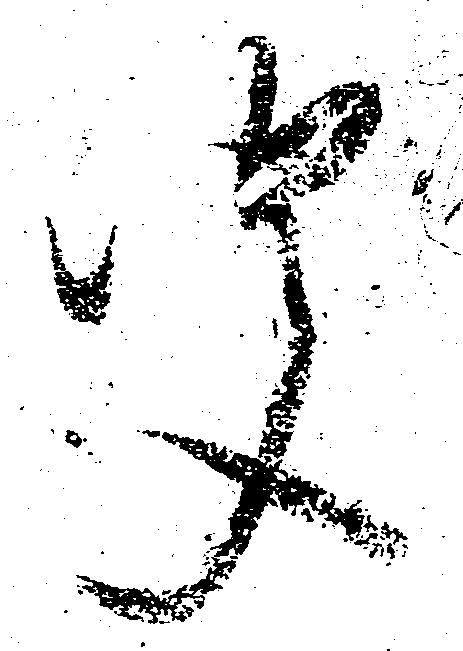
聞